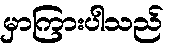
မှာကြားပါသည်